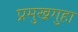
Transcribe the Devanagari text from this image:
प्रमुखगुहा